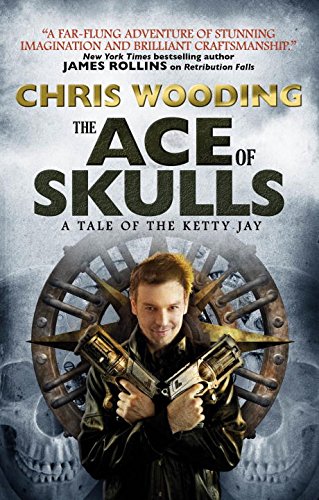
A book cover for The Ace of Skulls: A Tale of the Ketty Jay (Tales of the Ketty Jay); Chris Wooding; Science Fiction & Fantasy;